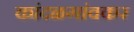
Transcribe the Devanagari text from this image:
कांदळगांवकर